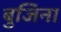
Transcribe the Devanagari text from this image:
बुजिना